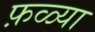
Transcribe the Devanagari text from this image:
फ़ळ्या